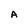
Character: A